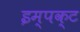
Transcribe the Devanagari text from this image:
इम्पक्ट